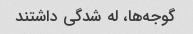
گوجه‌ها، له شدگی داشتند